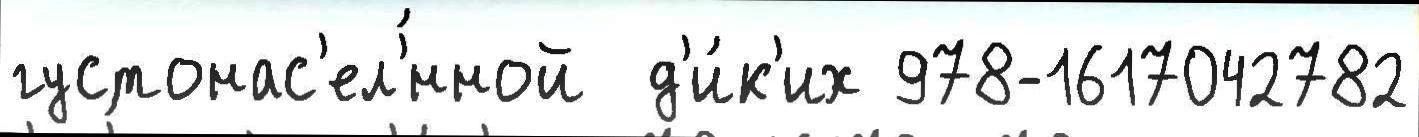
густонас'ел'́нной  д'и́к'их 978-1617042782